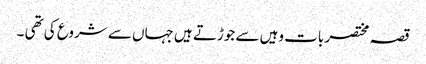
قصہ مختصر بات وہیں سے جوڑتے ہیں جہاں سے شروع کی تھی ۔